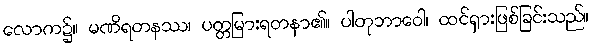
လောက၌။ မဏိရတနဿ၊ ပတ္တမြားရတနာ၏။ ပါတုဘာဝေါ၊ ထင်ရှားဖြစ်ခြင်းသည်။